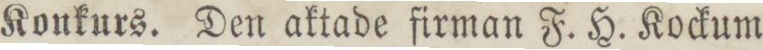
Konkurs. Den aktade firman F. H. Kockum